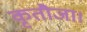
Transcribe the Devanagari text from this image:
कृतौजा।